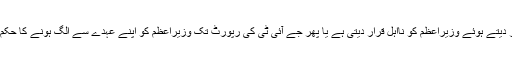
اگر عدالت عظمیٰ کا فل بنچ بنتا ہے اور عدکالت 5 رکنی بنچ کے فیصلے کو کالعدم قرار دیتے ہوئے وزیراعظم کو نااہل قرار دیتی ہے یا پھر جے آئی ٹی کی رپورٹ تک وزیراعظم کو اپنے عہدے سے الگ ہونے کا حکم دیتی ہے تو یہ ایک ایسا فیصلہ ہوگا جس کی تحسین ملک کے طول و عرض میں ہوگی۔